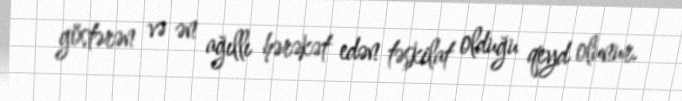
göstərən və ən ağıllı hərəkət edən təşkilat olduğu qeyd olunur.